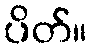
ပိတ်။